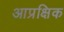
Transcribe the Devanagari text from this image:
आप्रक्षिक